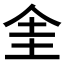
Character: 𠈘